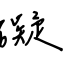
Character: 礙